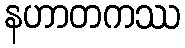
နဟာတကဿ